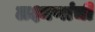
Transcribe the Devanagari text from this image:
लक्ष्मणांची